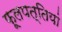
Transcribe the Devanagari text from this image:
फूलपत्तियां